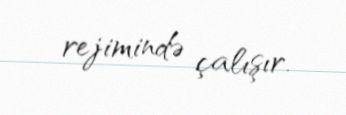
rejimində çalışır.